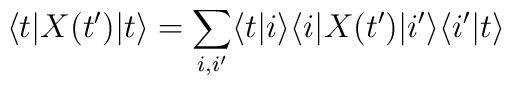
\langle t| X(t')|t\rangle = \sum_{i,i'} \langle t|i\rangle\langle i|X(t')|i'\rangle\langle i'|t \rangle